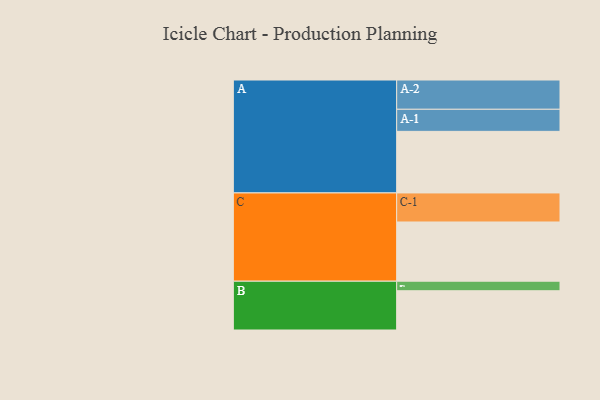
{"axis": {"x": "Segment", "y": "Value"}, "legend": ["", "A", "B", "C"], "data": [{"x": "A", "y": 549, "type": ""}, {"x": "B", "y": 350, "type": ""}, {"x": "C", "y": 528, "type": ""}, {"x": "A-1", "y": 197, "type": "A"}, {"x": "A-2", "y": 261, "type": "A"}, {"x": "B-1", "y": 85, "type": "B"}, {"x": "C-1", "y": 259, "type": "C"}]}